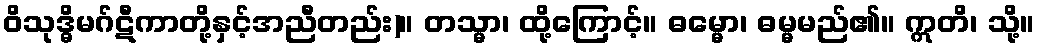
ဝိသုဒ္ဓိမဂ်ဋီကာတို့နှင့်အညီတည်း)။ တသ္မာ၊ ထို့ကြောင့်။ ဓမ္မော၊ ဓမ္မမည်၏။ ဣတိ၊ သို့။